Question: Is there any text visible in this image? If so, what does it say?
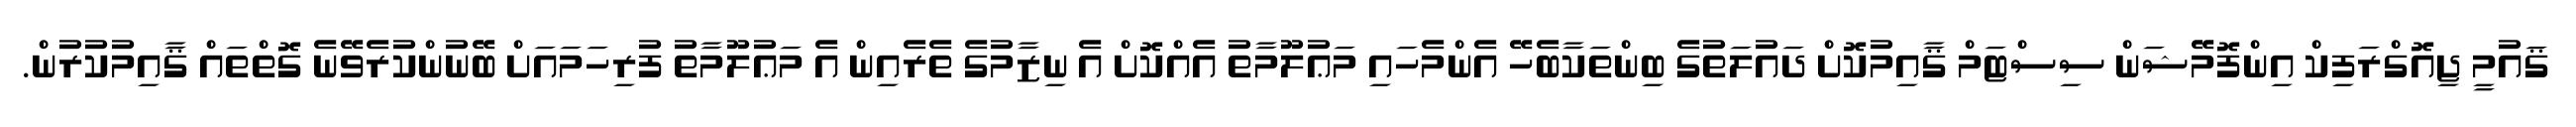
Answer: ޤައުމީ ޖިއޮގްރަފިކް އިންފޮމޭޝަން ސިސްޓަމް ޤާއިމުކޮށް ދައުލަތުގެ ބިންތަކާބެހޭ އެންމެހައި މަޢުލޫމާތު އެއްކޮށް އެ ނިޒާމުގެ ތެރެއިން އެ މަޢުލޫމާތު ފުރިހަމައަށް ބޭނުންކުރެވޭނެ ގޮތްތައް ޤާއިމުކުރުން.